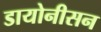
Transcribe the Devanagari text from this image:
डायोनीसन